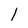
Character: 1